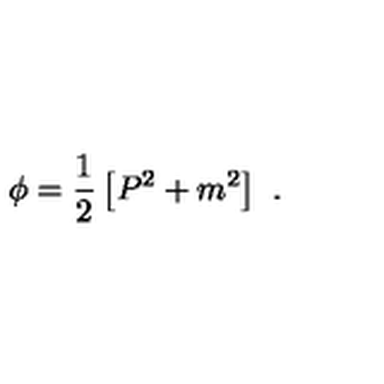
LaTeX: \phi = \frac { 1 } { 2 } \left[ P ^ { 2 } + m ^ { 2 } \right] \ .